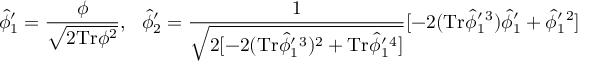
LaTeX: \hat { \phi } _ { 1 } ^ { \prime } = \frac { \phi } { \sqrt { 2 \mathrm { T r } \phi ^ { 2 } } } , \ \ \hat { \phi } _ { 2 } ^ { \prime } = \frac { 1 } { \sqrt { 2 [ - 2 ( \mathrm { T r } \hat { \phi } _ { 1 } ^ { \prime } { } ^ { 3 } ) ^ { 2 } + \mathrm { T r } \hat { \phi } _ { 1 } ^ { \prime } { } ^ { 4 } ] } } [ - 2 ( \mathrm { T r } \hat { \phi } _ { 1 } ^ { \prime } { } ^ { 3 } ) \hat { \phi } _ { 1 } ^ { \prime } + \hat { \phi } _ { 1 } ^ { \prime } { } ^ { 2 } ]